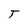
Character: T